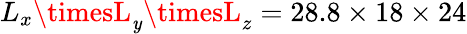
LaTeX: L_{x}\timesL_{\mathit{y}}\timesL_{z}=28.8\times18\times24